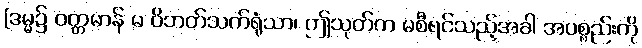
[ဒမ္မ၌ ဝတ္တမာန် မ ဝိဘတ်သက်ရုံသာ၊ ဤသုတ်က မစီရင်သည့်အခါ အပစ္စည်းကို